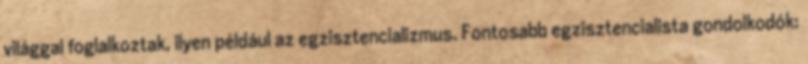
világgal foglalkoztak, ilyen például az egzisztencializmus. Fontosabb egzisztencialista gondolkodók: